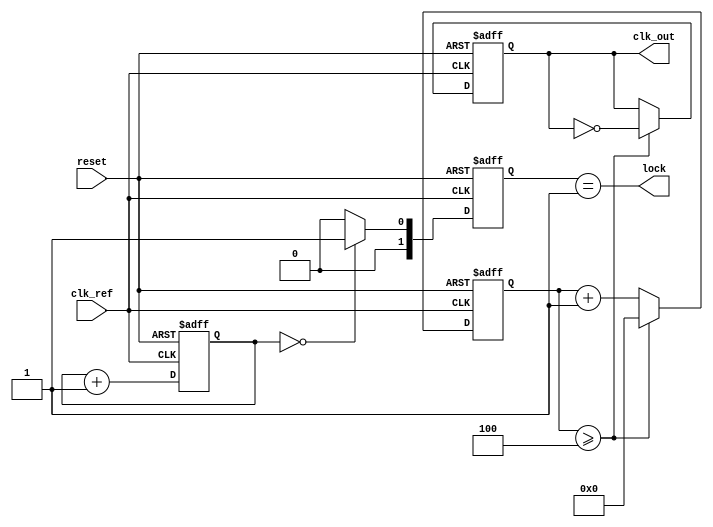
module low_jitter_pll (
    input wire clk_ref,            // Reference clock input
    input wire reset,              // Asynchronous reset
    output reg clk_out,            // Output clock
    output wire lock               // Lock indicator
);

    // Parameters
    parameter DIV_RATIO = 4;       // Division ratio for feedback
    parameter VCO_MAX_FREQ = 200;   // Maximum VCO frequency (in MHz)
    parameter VCO_MIN_FREQ = 50;    // Minimum VCO frequency (in MHz)
    
    // Internal signals
    reg [1:0] phase_error;          // Phase error from phase detector
    reg [7:0] control_voltage;       // Control voltage for VCO
    reg [7:0] vco_freq;              // VCO frequency
    reg [31:0] counter;              // Counter for generating output clock
    reg [1:0] state;                 // State for lock detection

    // Phase Detector (PD)
    always @(posedge clk_ref or posedge reset) begin
        if (reset) begin
            phase_error <= 2'b00;
        end else begin
            // Simple phase detection logic (for illustration)
            if (clk_ref) begin
                phase_error <= phase_error + 1; // Increment phase error
            end
        end
    end

    // Charge Pump and Low-Pass Filter (LPF)
    always @(posedge clk_ref or posedge reset) begin
        if (reset) begin
            control_voltage <= 8'b0;
        end else begin
            // Simple control voltage adjustment based on phase error
            control_voltage <= control_voltage + phase_error;
            // Implement low-pass filtering logic here if needed
        end
    end

    // Voltage-Controlled Oscillator (VCO)
    always @(posedge clk_ref or posedge reset) begin
        if (reset) begin
            vco_freq <= VCO_MIN_FREQ;
        end else begin
            // Adjust VCO frequency based on control voltage
            if (control_voltage > 128) begin
                vco_freq <= VCO_MAX_FREQ; // Max frequency if control voltage is high
            end else begin
                vco_freq <= VCO_MIN_FREQ; // Min frequency if control voltage is low
            end
        end
    end

    // Frequency Divider
    always @(posedge clk_ref or posedge reset) begin
        if (reset) begin
            counter <= 0;
            clk_out <= 0;
        end else begin
            counter <= counter + 1;
            if (counter >= DIV_RATIO) begin
                clk_out <= ~clk_out; // Toggle output clock
                counter <= 0; // Reset counter
            end
        end
    end

    // Lock Detection Logic
    always @(posedge clk_ref or posedge reset) begin
        if (reset) begin
            state <= 2'b00; // Reset state
        end else begin
            // Lock detection logic (simplified)
            if (phase_error == 2'b00) begin
                state <= 2'b01; // Locked state
            end else begin
                state <= 2'b00; // Unlocked state
            end
        end
    end

    // Lock output
    assign lock = (state == 2'b01);

endmodule